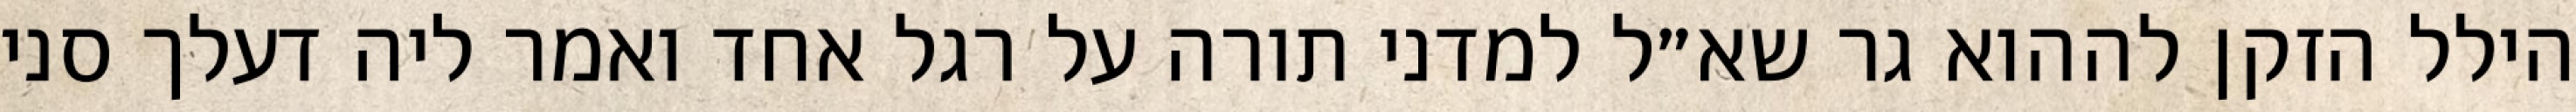
הילל הזקן לההוא גר שא״ל למדני תורה על רגל אחד ואמר ליה דעלך סני